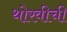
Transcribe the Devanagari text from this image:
थोरवीची